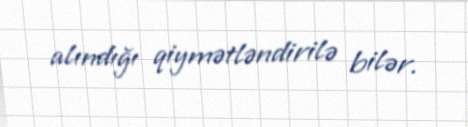
alındığı qiymətləndirilə bilər.